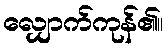
လျှောက်ကုန်၏။